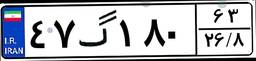
۴۷گ۱۸۰۶۳